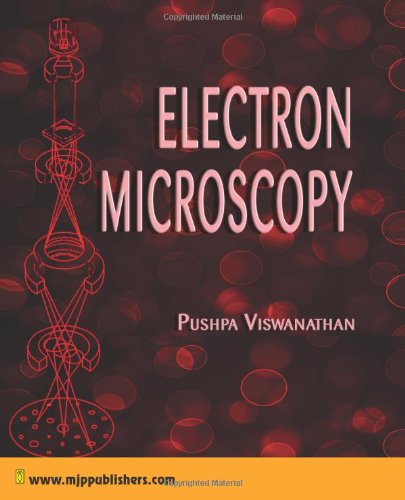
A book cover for Electron Microscopy; Pushpa Viswanathan; Science & Math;